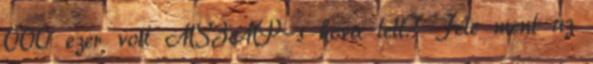
000 ezer volt MSZMP-s hova lett? Fele ment az